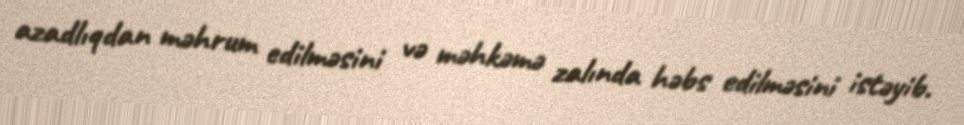
azadlıqdan məhrum edilməsini və məhkəmə zalında həbs edilməsini istəyib.